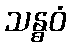
သန္ဓဝံ